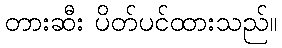
တားဆီး ပိတ်ပင်ထားသည်။